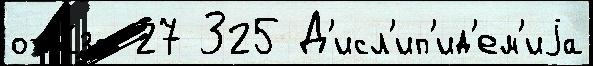
отка́за 27 325 Д'исл'ип'ид'ем'иjа